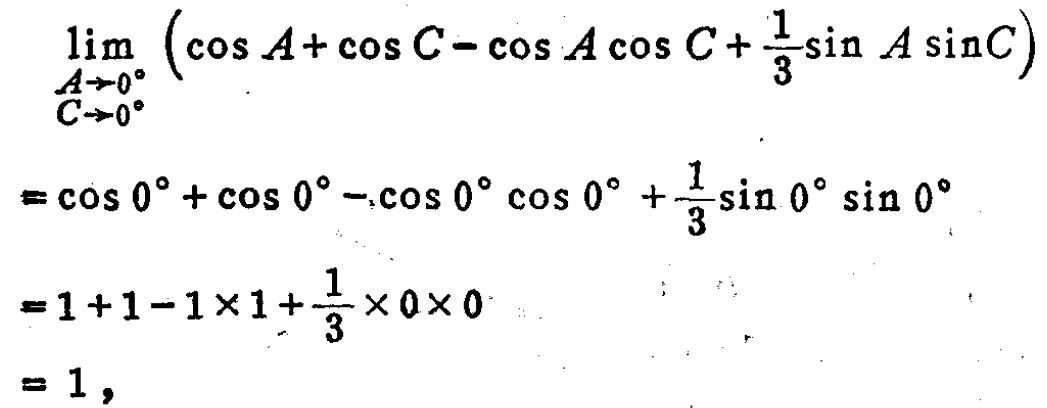
\[\begin{align*}
&\lim_{\substack{A\rightarrow0^{\circ}\\C\rightarrow0^{\circ}}}\left(\cos A+\cos C-\cos A\cos C+\frac{1}{3}\sin A\sin C\right)\\
=&\cos 0^{\circ}+\cos 0^{\circ}-\cos 0^{\circ}\cos 0^{\circ}+\frac{1}{3}\sin 0^{\circ}\sin 0^{\circ}\\
=&1 + 1-1\times1+\frac{1}{3}\times0\times0\\
=&1,
\end{align*}\]